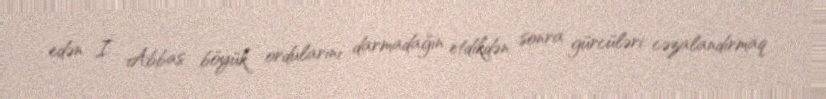
edən I Abbas böyük ordularını darmadağın etdikdən sonra gürcüləri cəzalandırmaq